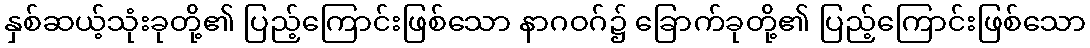
နှစ်ဆယ့်သုံးခုတို့၏ ပြည့်ကြောင်းဖြစ်သော နာဂဝဂ်၌ ခြောက်ခုတို့၏ ပြည့်ကြောင်းဖြစ်သော